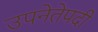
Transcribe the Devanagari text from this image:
उपनेतेपदी